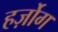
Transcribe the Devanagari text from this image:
हर्ज़ोग